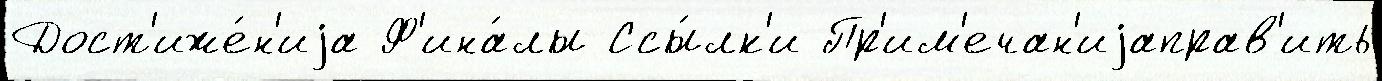
Дост'иже́н'иjа Ф'ина́лы Ссы́лк'и Пр'им'ечан'иjаправ'ить